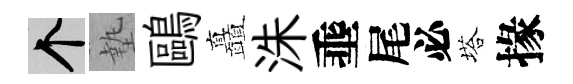
个墊鷗矗洙埀尾必塔掾